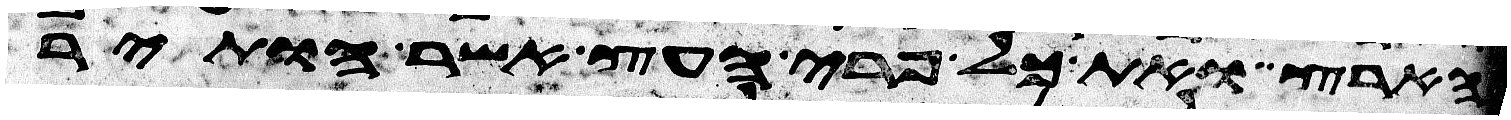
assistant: הארץ ואת כל פרי העץ אשר הותיר